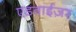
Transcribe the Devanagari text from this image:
एडवाईज़र